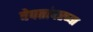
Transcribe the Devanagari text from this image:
देवतांवरच्या